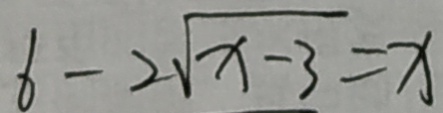
b - 2 \sqrt { x - 3 } = x